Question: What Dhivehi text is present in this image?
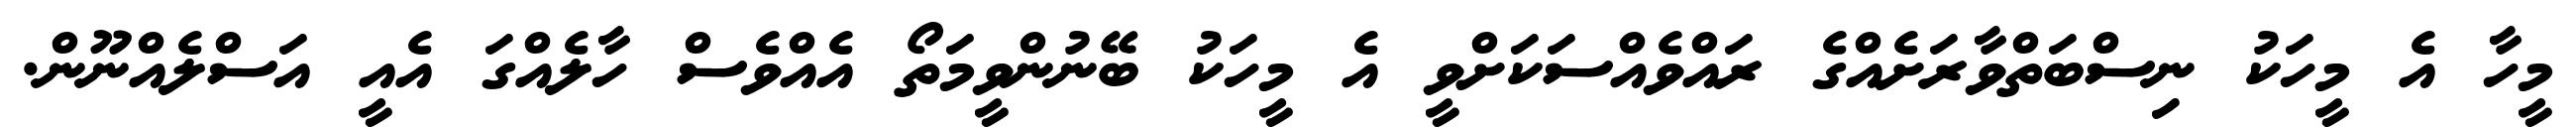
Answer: މީހާ އެ މީހަކު ނިސްބަތްވާރަށެއްގެ ރައްވެއްސަކަށްވީ އެ މީހަކު ބޭނުންވީމަތޯ އެއްވެސް ހާލެއްގަ އެއީ އަސްލެއްނޫން.